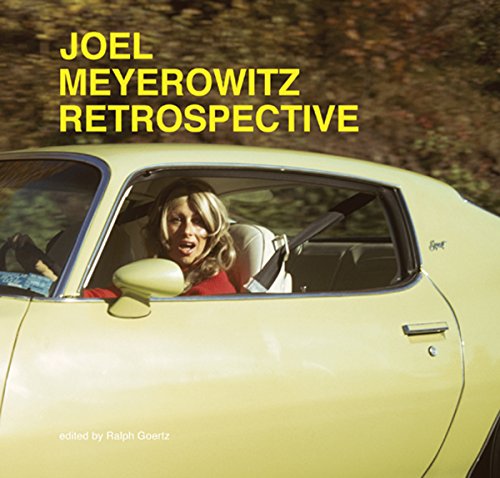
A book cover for Joel Meyerowitz: Retrospective; Joel Meyerowitz; Arts & Photography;